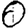
Digit: 0